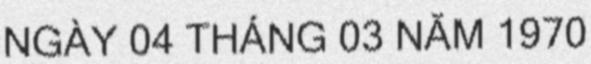
NGÀY 04 THÁNG 03 NĂM 1970